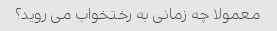
معمولا چه زمانی به رختخواب می روید؟